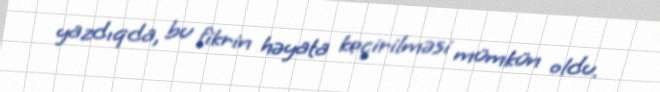
yazdıqda, bu fikrin həyata keçirilməsi mümkün oldu.